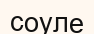
соуле